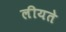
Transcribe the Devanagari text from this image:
लीयते